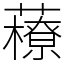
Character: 䕩